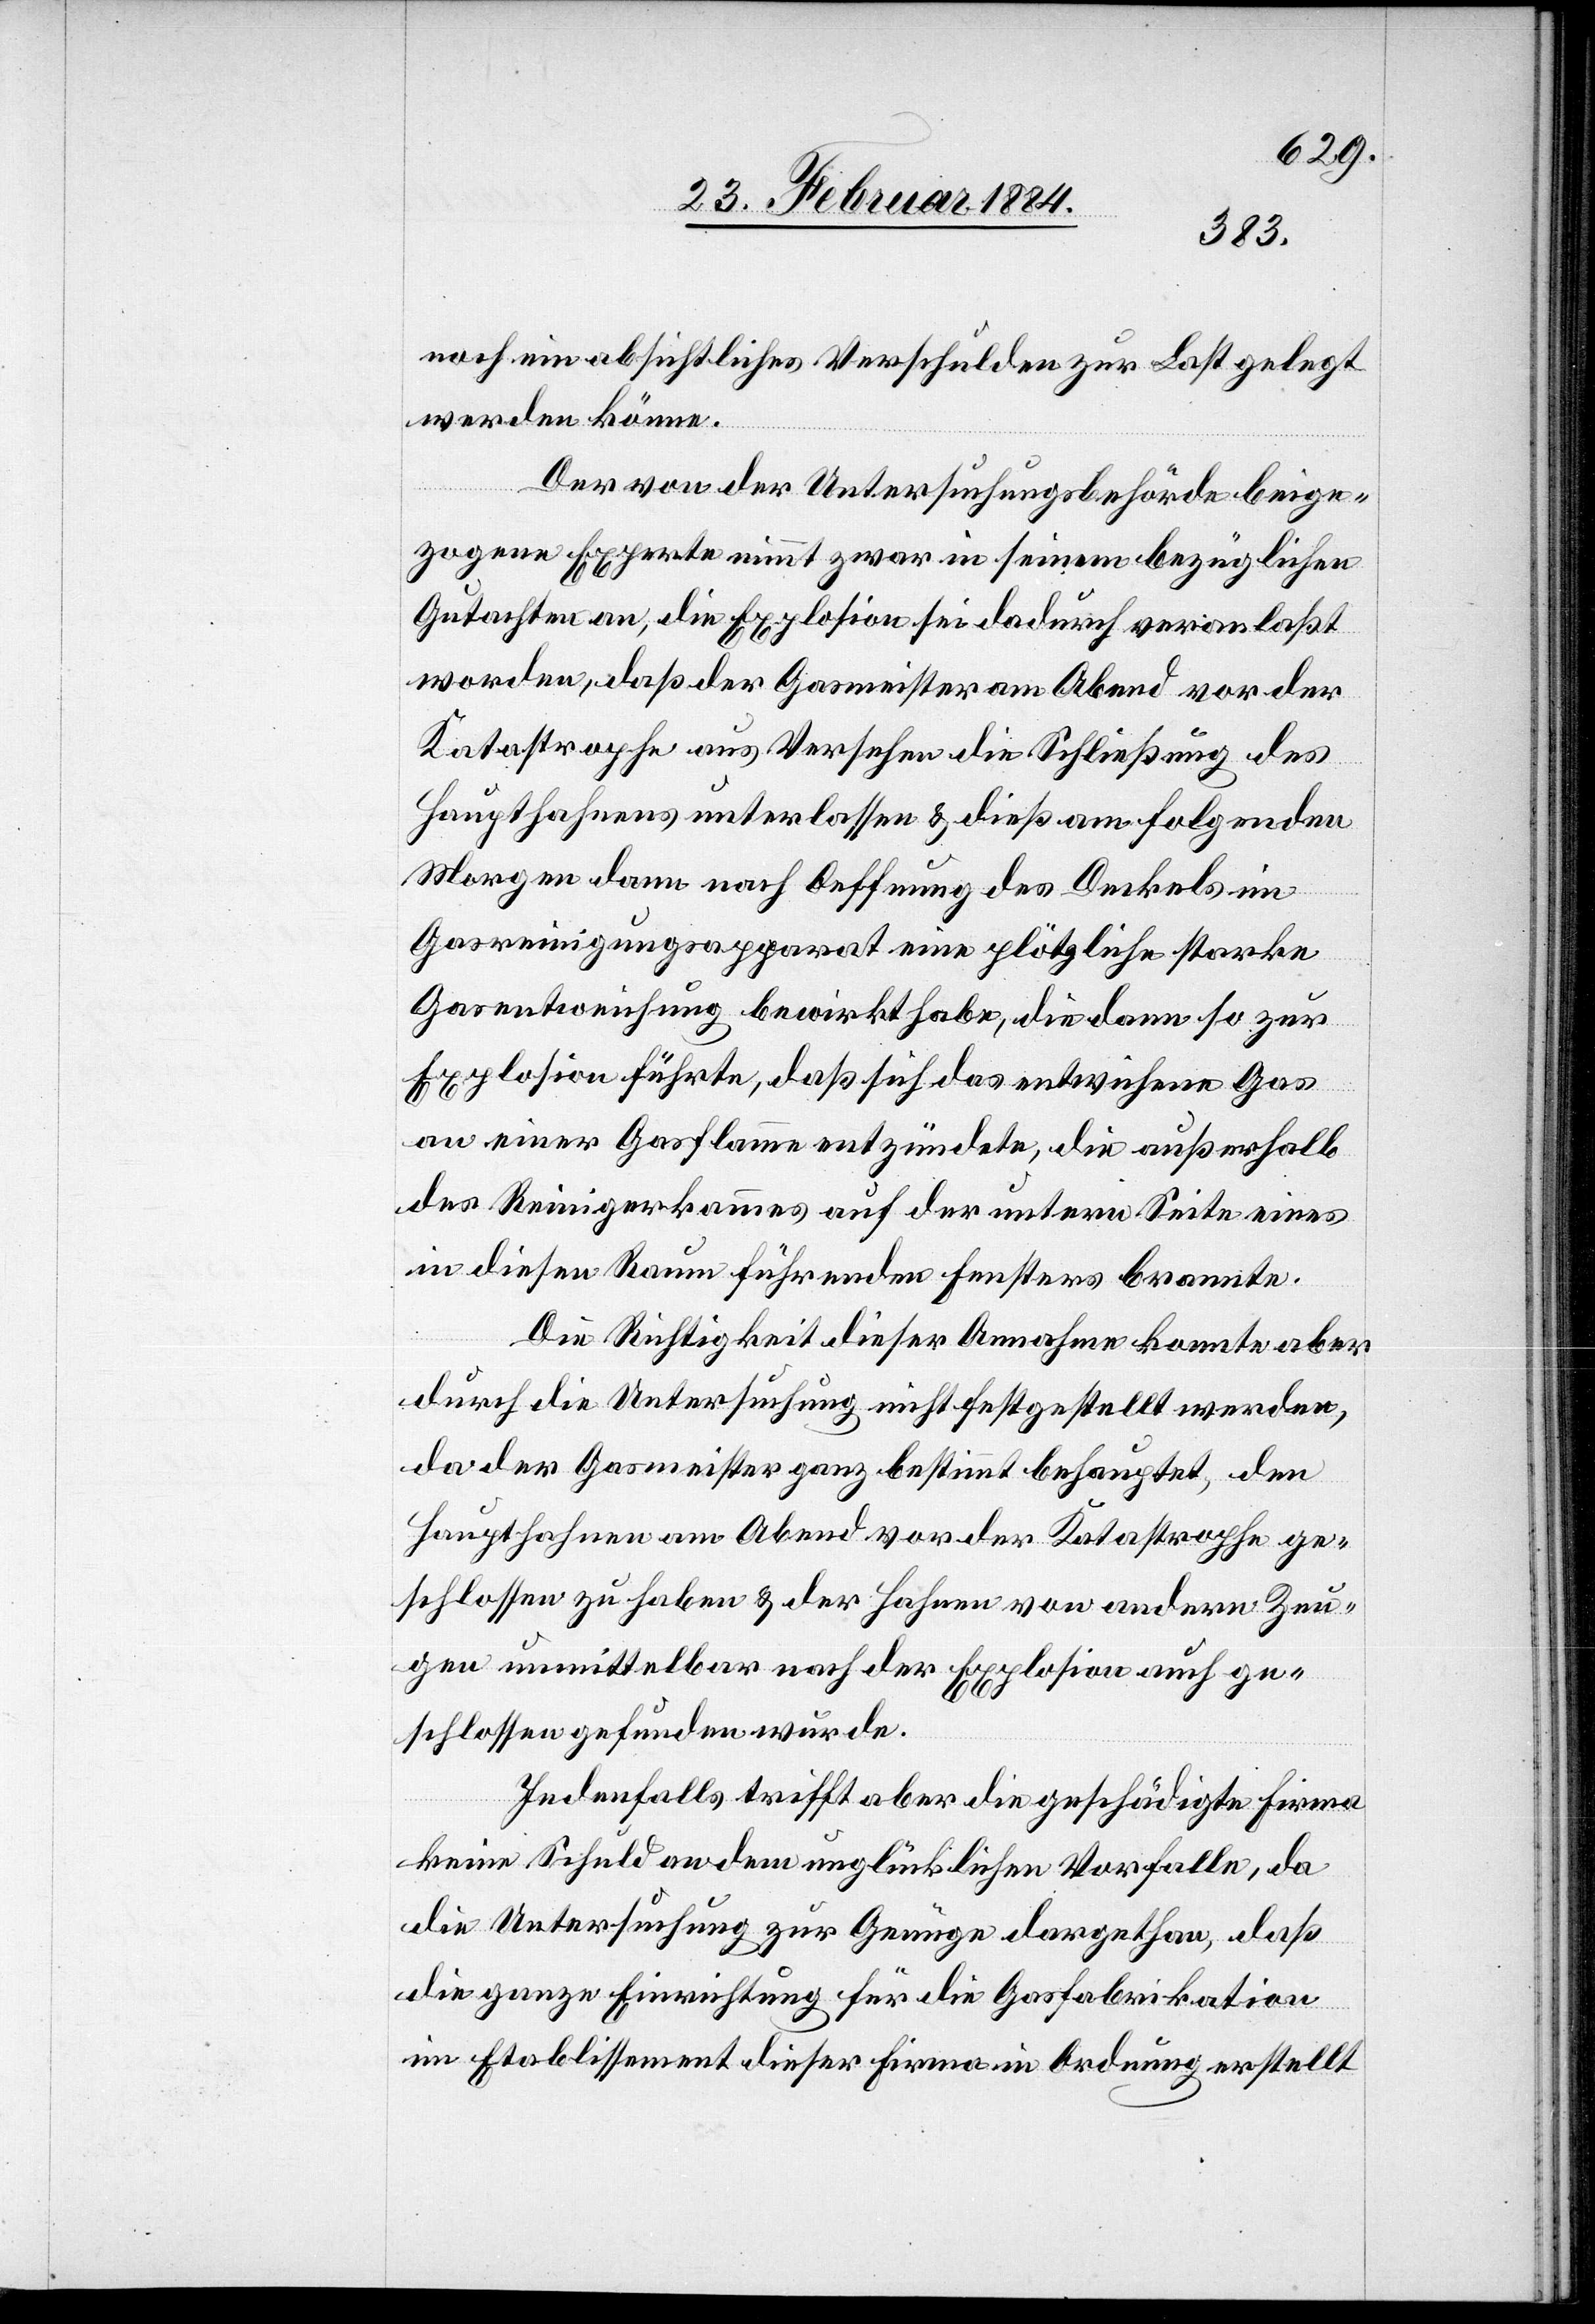
noch ein absichtliches Verschulden zur Last gelegt
werden könne.
Der von der Untersuchungsbehörde beige¬
zogene Experte nimmt zwar in seinem bezüglichen
Gutachten an, die Explosion sei dadurch veranlaßt
worden, daß der Gasmeister am Abend vor der
Katastrophe aus Versehen die Schließung des
Haupthahnes unterlassen & dieß am folgenden
Morgen dann nach Oeffnung des Deckels im
Gasreinigungsapparat eine plötzliche starke
Gasentweichung bewirkt habe, die dann so zur
Explosion führte, daß sich das entweichende Gas
an einer Gasflamme entzündete, die außerhalb
des Reinigerkammes auf der untern Seite eines
in diesen Raum führenden Fensters brannte.
Die Richtigkeit dieser Annahme konnte aber
durch die Untersuchung nicht festgestellt werden,
da der Gasmeister ganz bestimmt behauptet, den
Haupthahnen am Abend vor der Katastrophe ge¬
schlossen zu haben & der Hahnen von andern Zeu¬
gen unmittelbar nach der Explosion auch ge¬
schlossen gefunden wurde.
Jedenfalls trifft aber die geschädigte Firma
keine Schuld an dem unglücklichen Vorfalle, da
die Untersuchung zur Genüge dargethan, daß
die ganze Einrichtung für die Gasfabrikation
im Etablissement dieser Firma in Ordnung erstellt